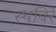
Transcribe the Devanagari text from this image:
स्थविरे